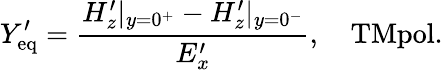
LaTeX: Y_{\mathrm{eq}}^{\prime}=\frac{H_{z}^{\prime}|_{y=0^{+}}-H_{z}^{\prime}|_{y=0^{-}}}{E_{x}^{\prime}},\quad\textrm{TMpol.}